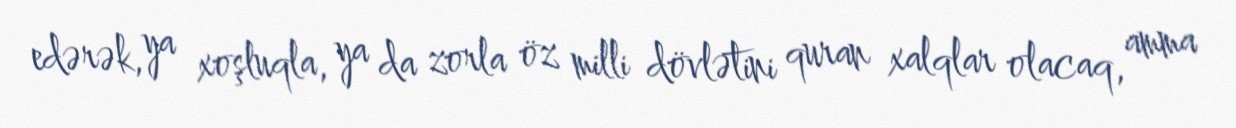
edərək, ya xoşluqla, ya da zorla öz milli dövlətini quran xalqlar olacaq, amma